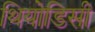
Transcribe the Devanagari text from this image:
थियोडिसी